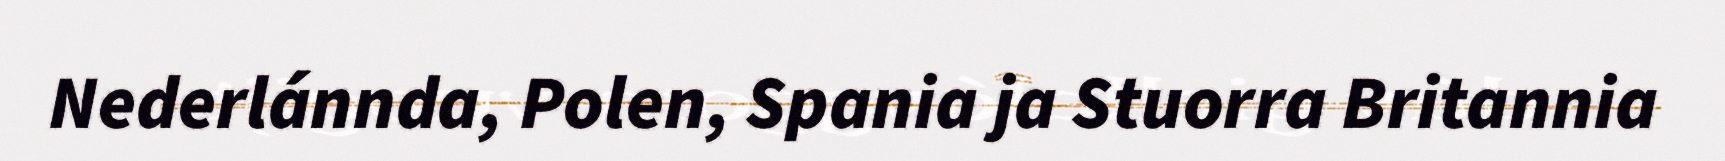
Nederlánnda, Polen, Spania ja Stuorra Britannia